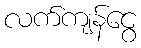
လက်ကျန်ငွေ